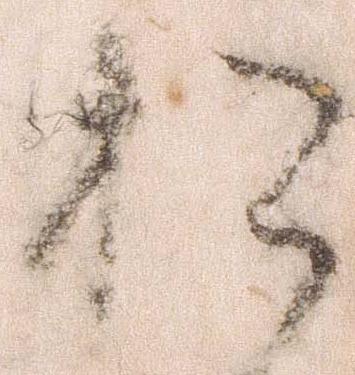
お